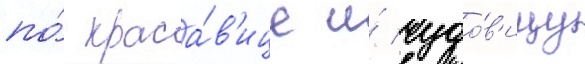
по́ краса́в'ице и́ чудо́в'ищу